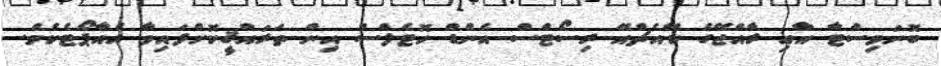
ބޮނަވިސްޓާ އާއި ރާއްޖޭގެ ކޭއެޗްއޭ ރިސޯޓްސް އެންޑް ހޮޓެލްސް އިން ތަރައްޤީކޮށްފައިވާ އެއާޕޯޓެކެވެ.